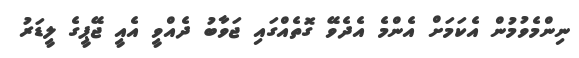
ނިންމެވުމުން އެކަމަށް އެންމެ އެދެވޭ ގޮތެއްގައި ޖަވާބު ދެއްވީ އެއީ ޖޭޕީގެ ލީޑަރު